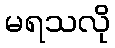
မရသလို